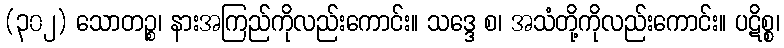
(၃၀၂) သောတဉ္စ၊ နားအကြည်ကိုလည်းကောင်း။ သဒ္ဒေ စ၊ အသံတို့ကိုလည်းကောင်း။ ပဋိစ္စ၊